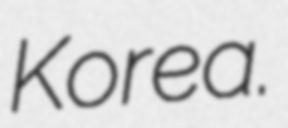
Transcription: Korea.